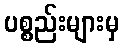
ပစ္စည်းများမှ